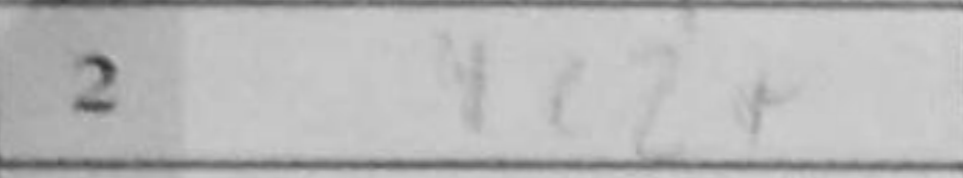
Transcription: Nc2+